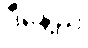
ဒီနေ့ည